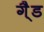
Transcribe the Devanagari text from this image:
गै्ड